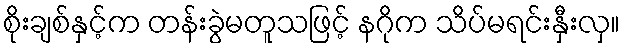
စိုးချစ်နှင့်က တန်းခွဲမတူသဖြင့် နဂိုက သိပ်မရင်းနှီးလှ။